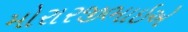
મોરારજીભાઇએ